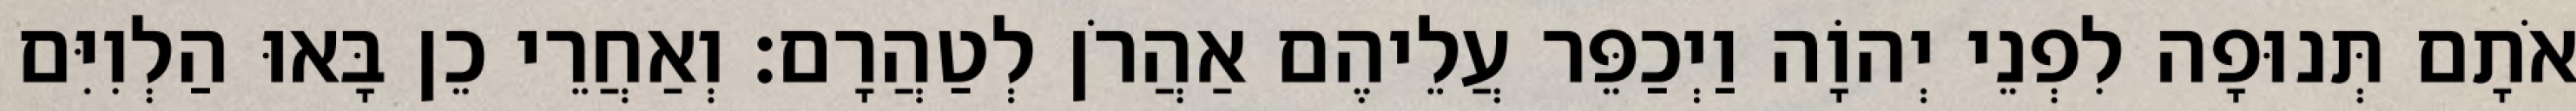
אֹתָם תְּנוּפָה לִפְנֵי יְהוָֹה וַיְכַפֵּר עֲלֵיהֶם אַהֲרֹן לְטַהֲרָם׃ וְאַחֲרֵי כֵן בָּאוּ הַלְוִיִּם